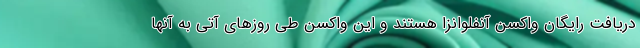
دریافت رایگان واکسن آنفلوانزا هستند و این واکسن طی روزهای آتی به آنها